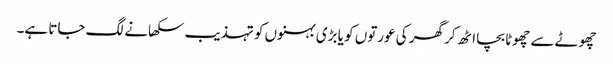
چھوٹے سے چھوٹا بچا اٹھ کر گھر کی عورتوں کو یا بڑی بہنوں کو تہذیب سکھانے لگ جاتا ہے۔